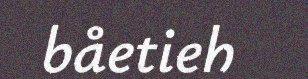
båetieh